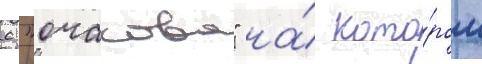
с "очакова" на́ кото́ром